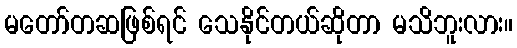
မတော်တဆဖြစ်ရင် သေနိုင်တယ်ဆိုတာ မသိဘူးလား။